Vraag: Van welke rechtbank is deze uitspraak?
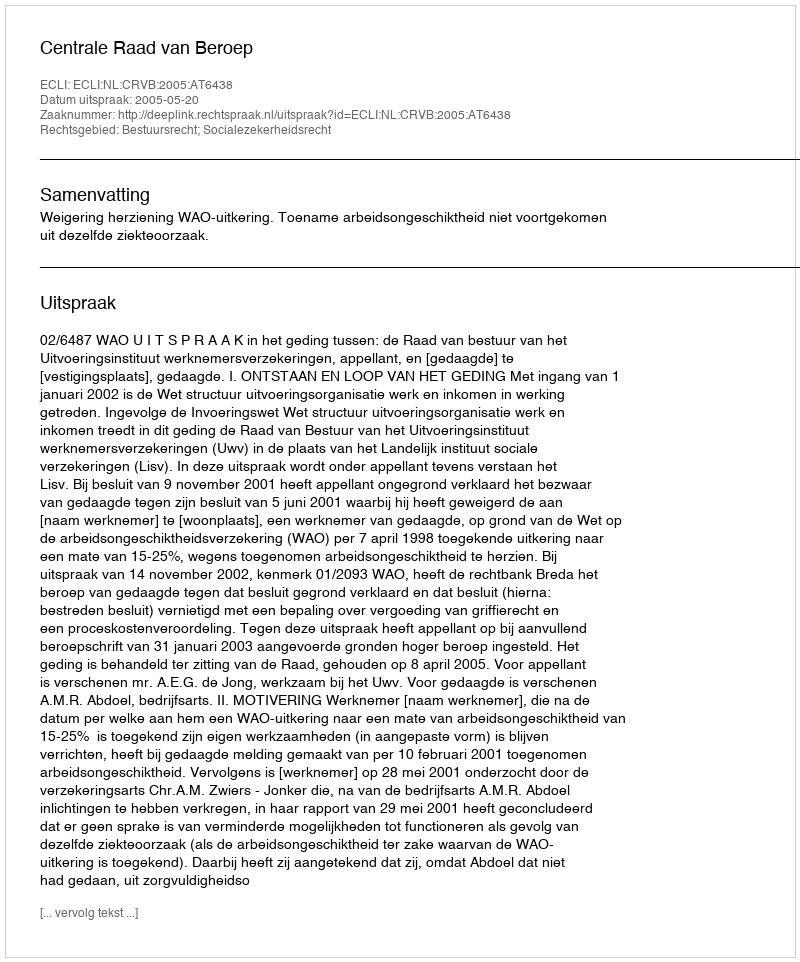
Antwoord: Centrale Raad van Beroep